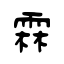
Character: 霖